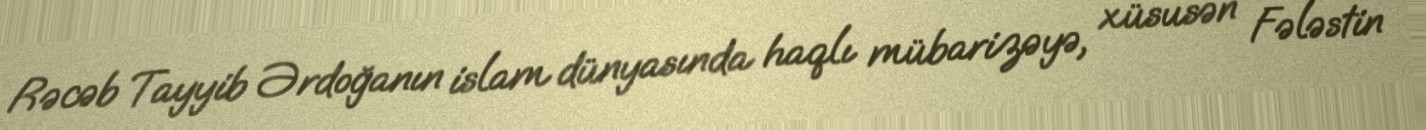
Rəcəb Tayyib Ərdoğanın islam dünyasında haqlı mübarizəyə, xüsusən Fələstin